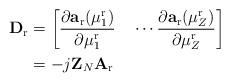
LaTeX: \begin{align*} \mathbf{D}_{\mathrm{r}}&=\left[\frac{\partial \mathbf{a}_{\mathrm{r}}(\mu^{\mathrm{r}}_1)}{\partial \mu^{\mathrm{r}}_1}\quad\cdots\frac{\partial \mathbf{a}_{\mathrm{r}}(\mu^{\mathrm{r}}_Z)}{\partial \mu^{\mathrm{r}}_Z}\right]\\ &=-j\mathbf{Z}_N\mathbf{A}_{\mathrm{r}}\end{align*}